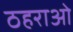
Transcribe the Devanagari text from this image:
ठहराओ